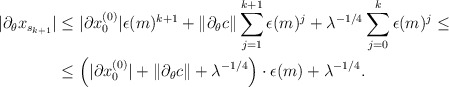
\begin{align*}|\partial_\theta x_{s_{k+1}}| &\leq |\partial x^{(0)}_0| \epsilon(m)^{k+1} + \|\partial_\theta c\| \sum \limits_{j=1}^{k+1} \epsilon(m)^j + \lambda^{-1/4} \sum \limits_{j=0}^{k} \epsilon(m)^j \leq\\&\leq \left( |\partial x^{(0)}_0| + \|\partial_\theta c\| + \lambda^{-1/4} \right) \cdot \epsilon(m) + \lambda^{-1/4}.\end{align*}